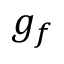
g _ { f }